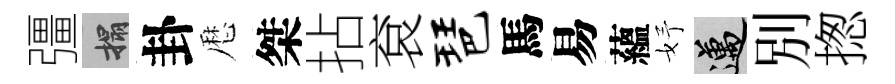
彊搨卦厯桀拈袞琶馬易蘊妤邁別揔